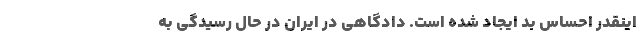
اینقدر احساس بد ایجاد شده است. دادگاهی در ایران در حال رسیدگی به